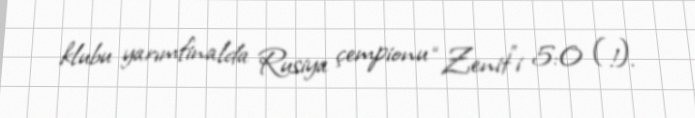
klubu yarımfinalda Rusiya çempionu “Zenit”i 5:0 (!).